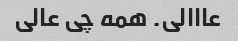
عااالی. همه چی عالی